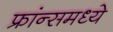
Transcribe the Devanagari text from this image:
फ्रांन्समध्ये